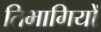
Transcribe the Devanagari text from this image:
तिभागियों